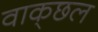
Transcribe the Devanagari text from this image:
वाक्‌छल